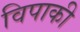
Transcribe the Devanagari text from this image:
विपाकी